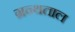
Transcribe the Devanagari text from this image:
ग्रन्थताल